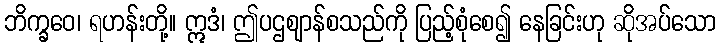
ဘိက္ခဝေ၊ ရဟန်းတို့။ ဣဒံ၊ ဤပဌဈာန်စသည်ကို ပြည့်စုံစေ၍ နေခြင်းဟု ဆိုအပ်သော